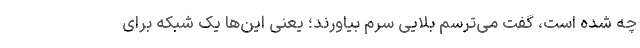
چه شده است، گفت می‌ترسم بلایی سرم بیاورند؛ یعنی این‌ها یک شبکه برای